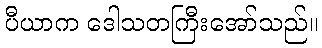
ပီယာက ဒေါသတကြီးအော်သည်။